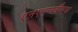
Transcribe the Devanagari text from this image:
एऩएएनबीएच